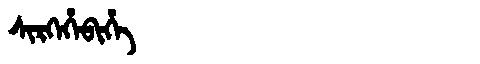
Manchu: ᠰᡳᡵᡴᡝᡥᡝᠪᡳᡥᡝ
Romanization: SIRKEHEBIHE